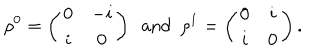
LaTeX: \rho ^ { 0 } = \left( \begin{array} { c c } { { 0 } } & { { - i } } \\ { { i } } & { { 0 } } \\ \end{array} \right) \, \, \, \mathrm { a n d } \, \, \, \rho ^ { 1 } = \left( \begin{array} { c c } { { 0 } } & { { i } } \\ { { i } } & { { 0 } } \\ \end{array} \right) .